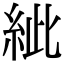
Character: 紪